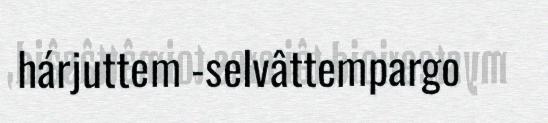
hárjuttem -selvâttempargo